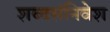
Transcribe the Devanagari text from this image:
शब्दसंनिवेश